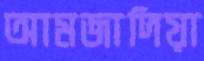
আমজাদিয়া